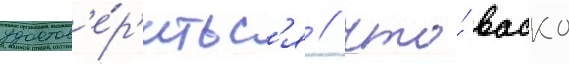
удостов'е́р'итьс'я / что́ васко